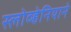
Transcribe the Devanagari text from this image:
स्लोव्हेनियाने